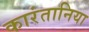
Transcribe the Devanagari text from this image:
कारंतानिया